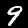
Label: 9